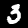
Digit: 3